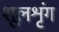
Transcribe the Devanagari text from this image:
शूलशृंग